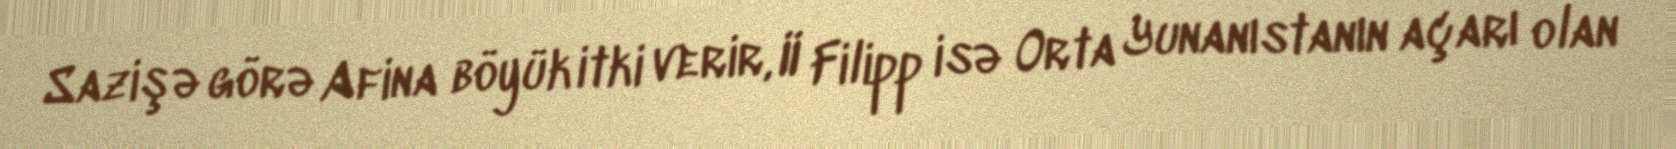
Sazişə görə Afina böyük itki verir, II Filipp isə Orta Yunanıstanın açarı olan